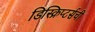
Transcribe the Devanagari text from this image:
डिस्क्रिप्टर्सची